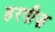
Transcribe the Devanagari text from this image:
हरपीज़